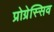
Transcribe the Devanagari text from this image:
प्रोग्रेस्सिव